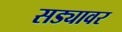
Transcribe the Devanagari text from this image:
सड्यावर